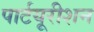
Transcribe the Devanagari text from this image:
पार्टयूरीशन